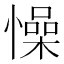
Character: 懆